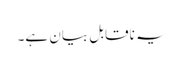
یہ ناقابل بیان ہے۔